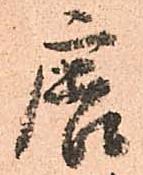
唐